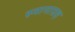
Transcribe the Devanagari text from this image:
स्नानाग्रह